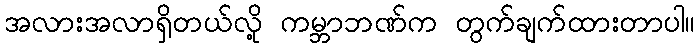
အလားအလာရှိတယ်လို့ ကမ္ဘာဘဏ်က တွက်ချက်ထားတာပါ။